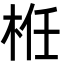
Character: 栣